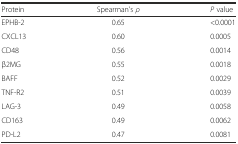
<table><thead><tr><td><b>Protein</b></td><td><b>Spearman’s <i>ρ</i></b></td><td><b><i>P</i> value</b></td></tr></thead><tbody><tr><td>EPHB-2</td><td>0.65</td><td>&lt;0.0001</td></tr><tr><td>CXCL13</td><td>0.60</td><td>0.0005</td></tr><tr><td>CD48</td><td>0.56</td><td>0.0014</td></tr><tr><td>β2MG</td><td>0.55</td><td>0.0018</td></tr><tr><td>BAFF</td><td>0.52</td><td>0.0029</td></tr><tr><td>TNF-R2</td><td>0.51</td><td>0.0039</td></tr><tr><td>LAG-3</td><td>0.49</td><td>0.0058</td></tr><tr><td>CD163</td><td>0.49</td><td>0.0062</td></tr><tr><td>PD-L2</td><td>0.47</td><td>0.0081</td></tr></tbody></table>